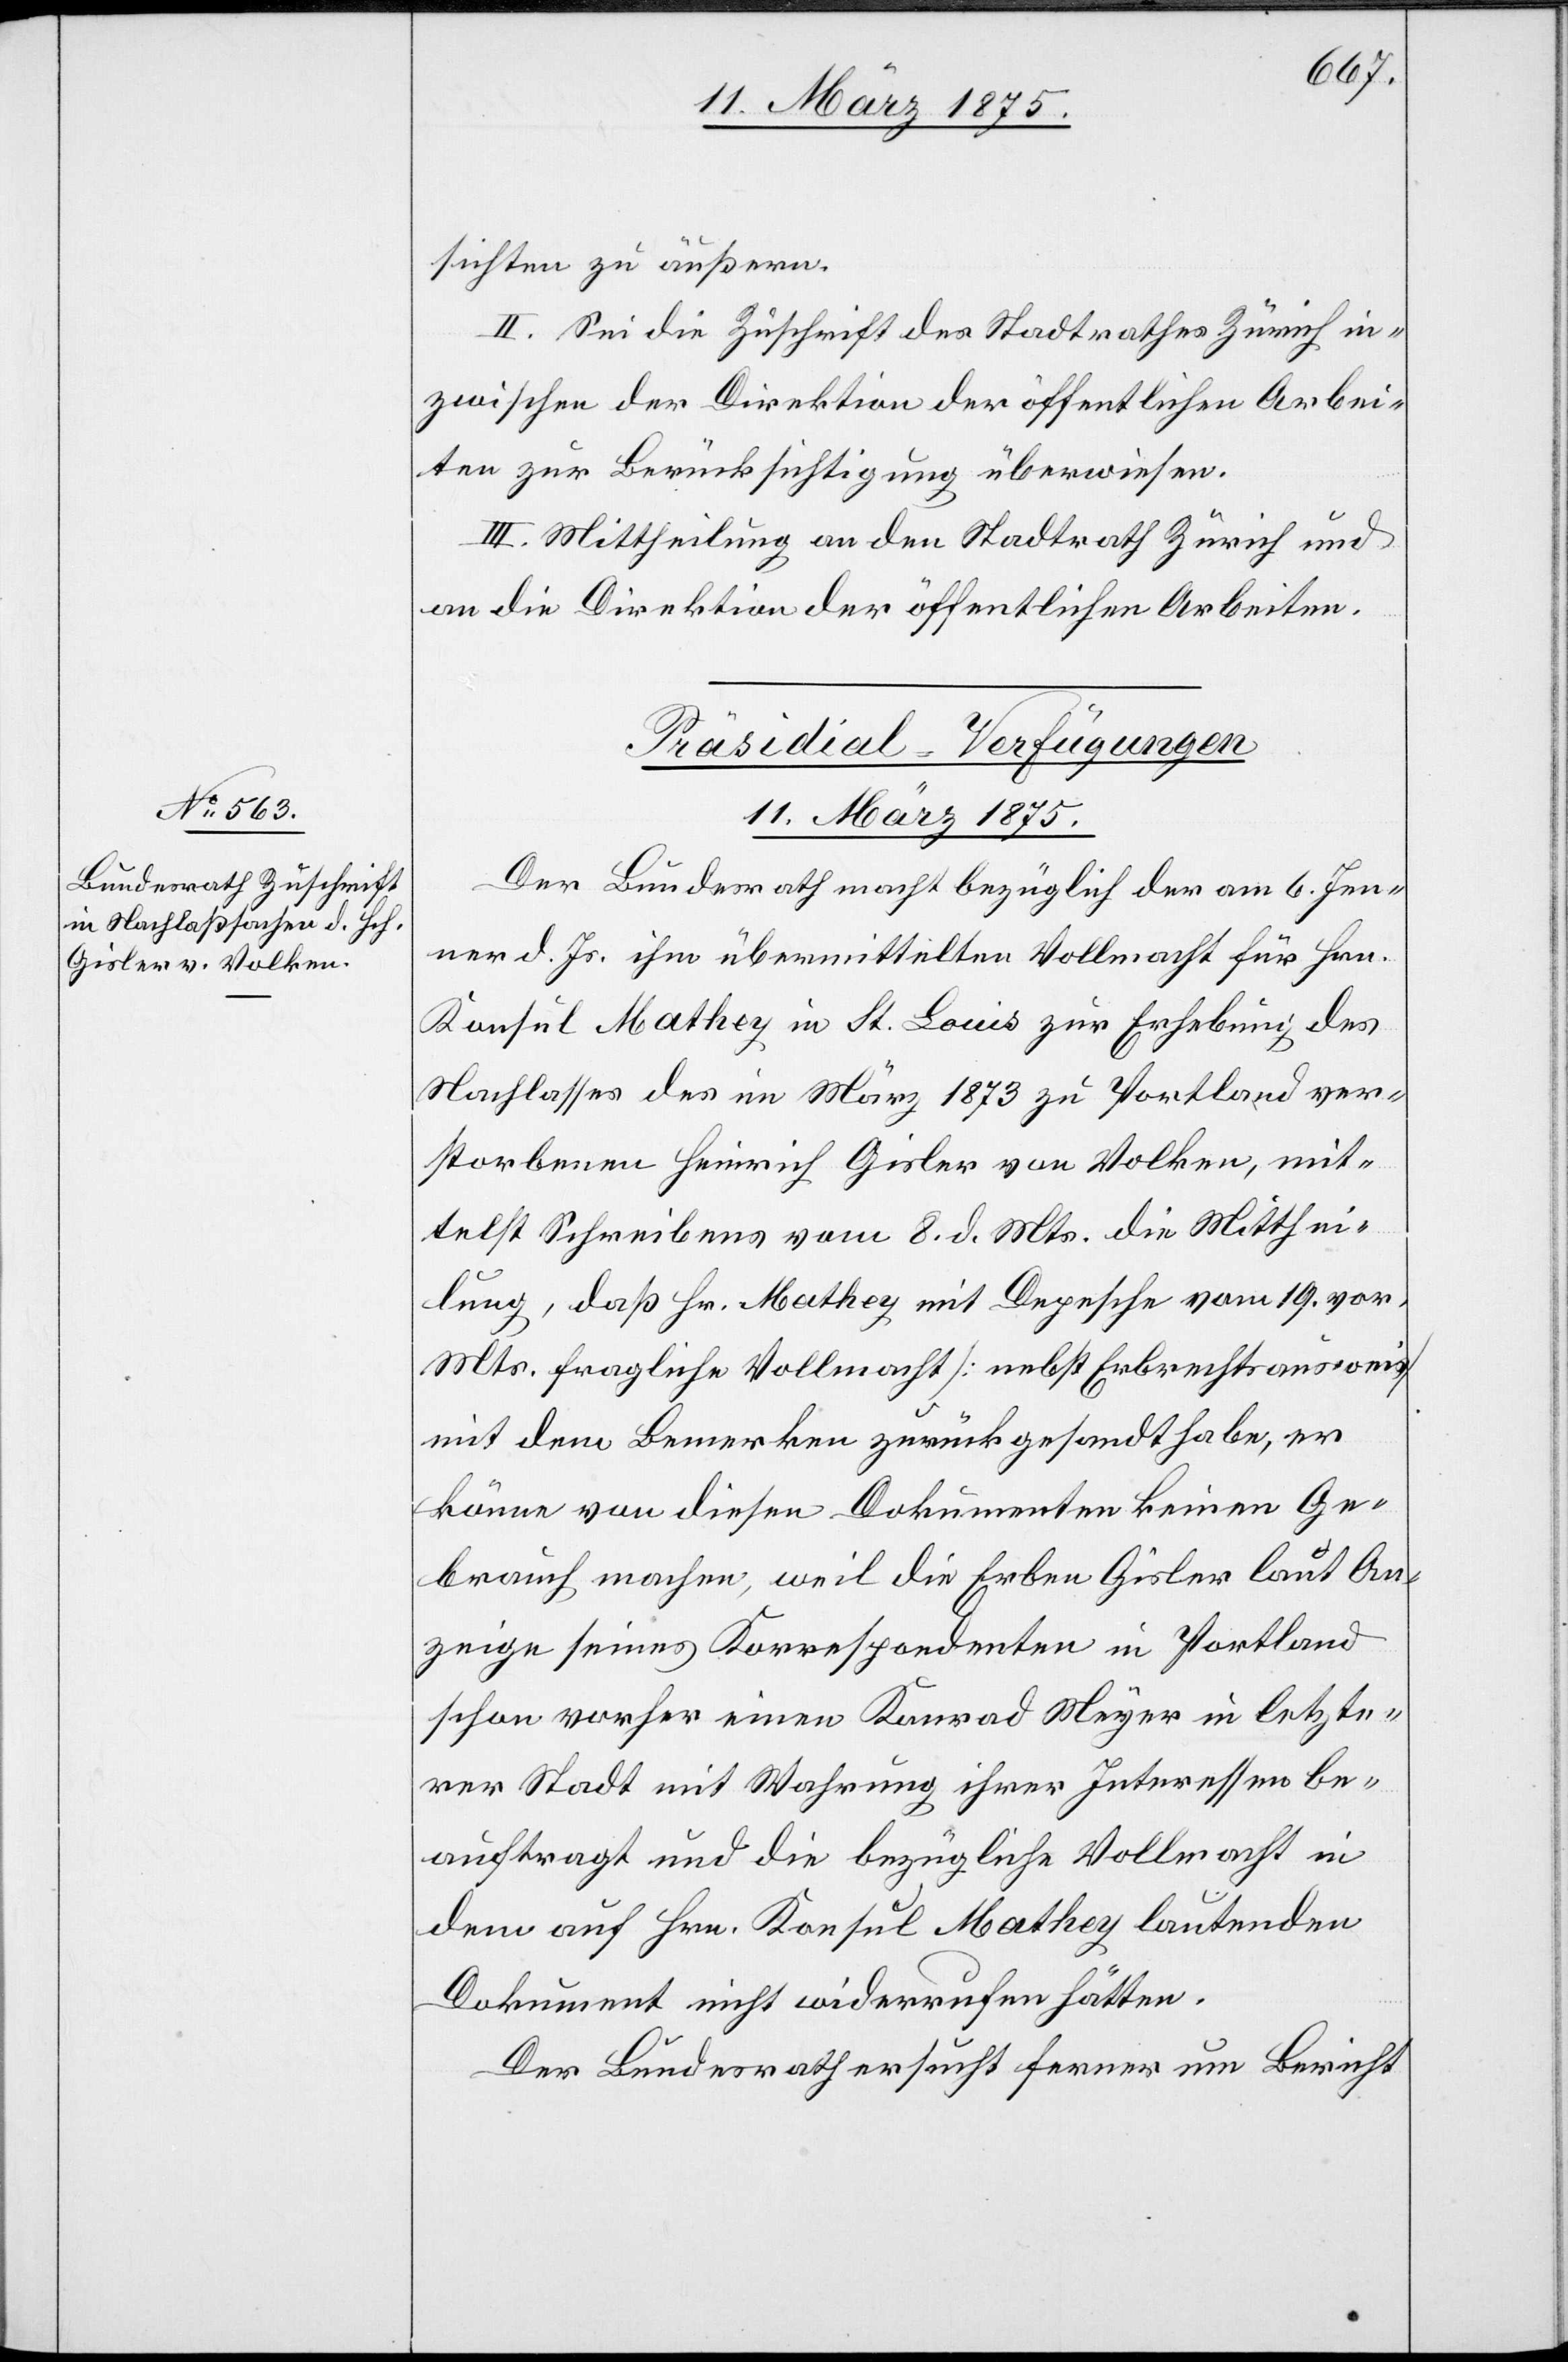
sichten zu äußern.
II. Sei die Zuschrift des Stadtrathes Zürich in¬
zwischen der Direktion der öffentlichen Arbei¬
ten zur Berücksichtigung überwiesen.
III. Mittheilung an den Stadtrath Zürich und
an die Direktion der öffentlichen Arbeiten.
Präsidial-Verfügungen
11. März 1875.
Der Bundesrath macht bezüglich der am 6. Jen¬
ner d. Js. ihm übermittelten Vollmacht für Hrn.
Konsul Mathey in St. Louis zur Erhebung des
Nachlasses des im März 1873 zu Portland ver¬
storbenen Heinrich Gisler von Volken, mit¬
telst Schreiben vom 8. d. Mts. die Mitthei¬
lung, daß Hr. Mathey mit Depesche vom 19. vor.
Mts. fragliche Vollmacht [nebst Erbrechtsausweis]
mit dem Bemerken zurückgesandt habe, er
Anzeige seines Korrespondenten in Portland
schon vorher einen Konrad Meyer in letzte¬
rer Stadt mit Wahrung ihrer Interessen be¬
auftragt und die bezügliche Vollmacht in
den auf Hrn. Konsul Mathey lautenden
Dokument nicht widerrufen hätten.
Der Bundesrath ersucht ferner um Bericht